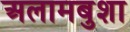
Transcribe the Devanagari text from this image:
अलामबुशा